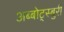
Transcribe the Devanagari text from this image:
अब्बोट्स्बुरी